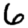
Digit: 6